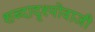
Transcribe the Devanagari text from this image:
शब्दादृश्योवाजी